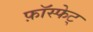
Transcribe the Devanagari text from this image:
फ़ॉस्फेट्